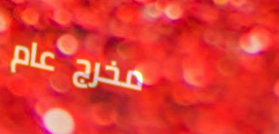
مخرج عام